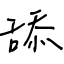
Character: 舔